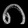
Digit: ၈